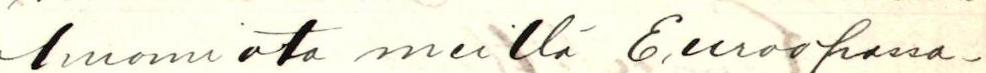
huomiota meillä Euroopassa-